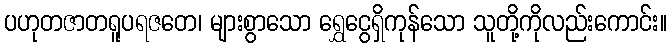
ပဟုတဇာတရူပရဇတေ၊ များစွာသော ရွှေငွေရှိကုန်သော သူတို့ကိုလည်းကောင်း။